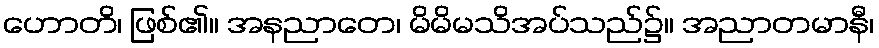
ဟောတိ၊ ဖြစ်၏။ အနညာတေ၊ မိမိမသိအပ်သည်၌။ အညာတမာနီ၊